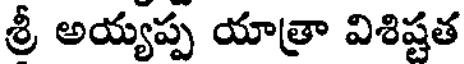
శ్రీ అయ్యప్ప యాత్రా విశిష్టత